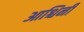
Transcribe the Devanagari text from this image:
आश्चिनी